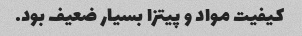
کیفیت مواد و پیتزا بسیار ضعیف بود.